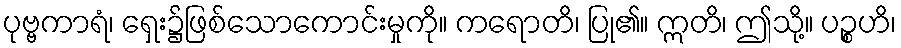
ပုဗ္ဗကာရံ၊ ရှေး၌ဖြစ်သောကောင်းမှုကို။ ကရောတိ၊ ပြု၏။ ဣတိ၊ ဤသို့။ ပဉ္စဟိ၊